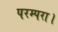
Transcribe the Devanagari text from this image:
परम्परा।